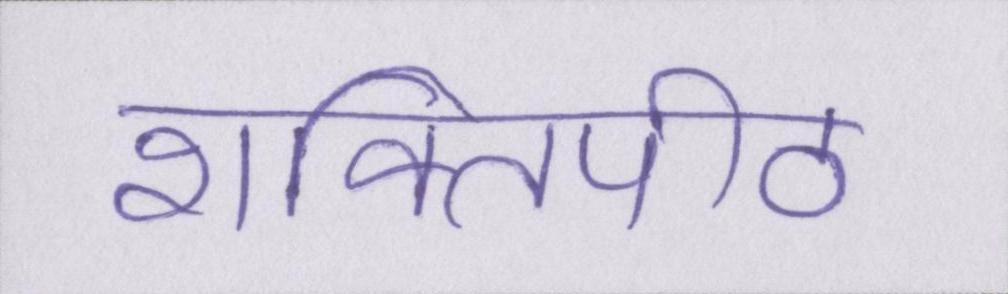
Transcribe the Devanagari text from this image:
शक्तिपीठ